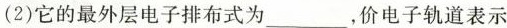
(2)它的最外层电子排布式为___，价电子轨道表示